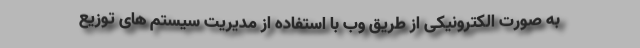
به صورت الکترونیکی از طریق وب با استفاده از مدیریت سیستم های توزیع